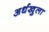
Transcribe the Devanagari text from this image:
अर्धखुला